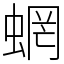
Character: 蝄